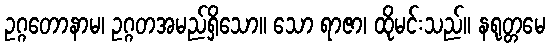
ဥဂ္ဂတောနာမ၊ ဥဂ္ဂတအမည်ရှိသော။ သော ရာဇာ၊ ထိုမင်းသည်။ နရုတ္တမေ